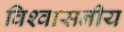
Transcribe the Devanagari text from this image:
विश्‍वासनीय